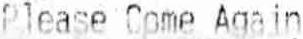
PLEASE COME AGAIN